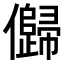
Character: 𠐽